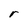
Character: r